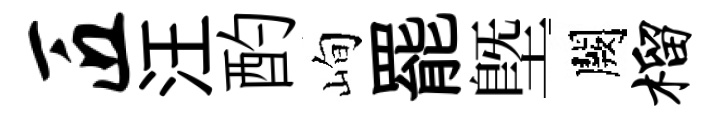
匠汪酌峋罷塈闕榴